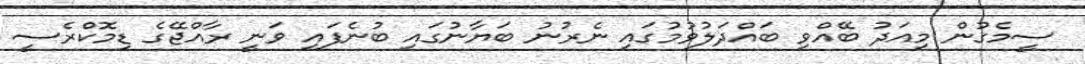
ސީމެގުން މިއަދު ބޭއްވި ބައްދަލުވުމުގައި ނެރުނު ބަޔާނުގައި ބުނެފައި ވަނީ ރާއްޖޭގެ ޑިމޮކްރެސީ